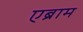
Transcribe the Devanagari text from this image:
एब्राम